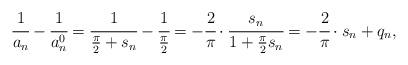
LaTeX: \begin{align*} \cfrac{1}{a_n} - \cfrac{1}{a_n^0} = \cfrac{1}{\frac{\pi}{2} + s_n} - \cfrac{1}{\frac{\pi}{2}} = - \cfrac{2}{\pi} \cdot \cfrac{s_n}{1 + \frac{\pi}{2}s_n} = - \cfrac{2}{\pi} \cdot s_n + q_n, \end{align*}